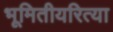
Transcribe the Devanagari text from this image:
भूमितीयरित्या